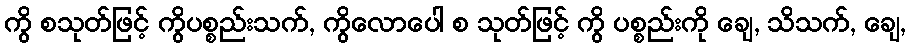
ကွိ စသုတ်ဖြင့် ကွိပစ္စည်းသက်, ကွိလောပေါ စ သုတ်ဖြင့် ကွိ ပစ္စည်းကို ချေ, သိသက်, ချေ,